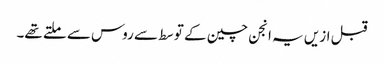
قبل ازیں یہ انجن چین کے توسط سے روس سے ملتے تھے۔